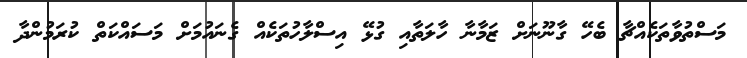
މަސްތުވާތަކެއްޗާ ބެހޭ ގާނޫނަށް ޒަމާނާ ހާލަތާއި ގުޅޭ އިސްލާހުތަކެއް ގެނައުމަށް މަސައްކަތް ކުރަމުންދާ